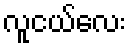
လူငယ်လေး